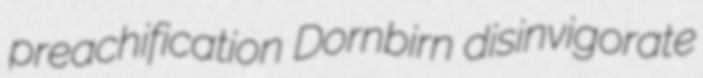
preachification Dornbirn disinvigorate